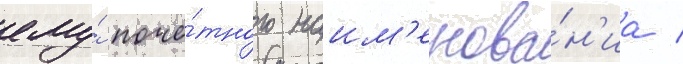
ему́ почё́тного наим'енова́н'иа /